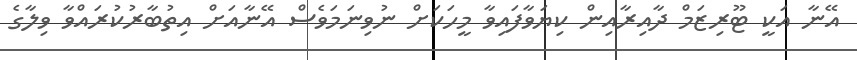
އޭނާ އަކީ ޓޫރިޒަމް ދާއިރާއިން ކިޔަވާފައިވާ މީހަކަށް ނުވިނަމަވެސް އޭނާއަށް އިތުބާރުކުރައްވާ ވިލާގެ